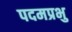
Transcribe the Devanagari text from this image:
पदमप्रभु